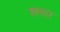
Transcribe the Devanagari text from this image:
शब्दर